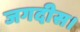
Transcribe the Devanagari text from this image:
जगदीस।